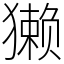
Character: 獭